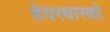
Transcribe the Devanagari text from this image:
शेयरधारको